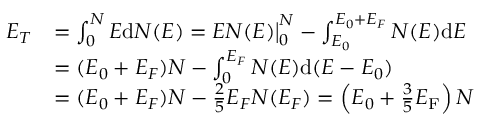
{ \begin{array} { r l } { E _ { T } } & { = \int _ { 0 } ^ { N } E \mathrm { d } N ( E ) = E N ( E ) { \big | } _ { 0 } ^ { N } - \int _ { E _ { 0 } } ^ { E _ { 0 } + E _ { F } } N ( E ) \mathrm { d } E } \\ & { = ( E _ { 0 } + E _ { F } ) N - \int _ { 0 } ^ { E _ { F } } N ( E ) \mathrm { d } ( E - E _ { 0 } ) } \\ & { = ( E _ { 0 } + E _ { F } ) N - { \frac { 2 } { 5 } } E _ { F } N ( E _ { F } ) = \left( E _ { 0 } + { \frac { 3 } { 5 } } E _ { \mathrm { F } } \right) N } \end{array} }